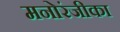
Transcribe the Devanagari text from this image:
मनोरंजीका